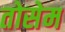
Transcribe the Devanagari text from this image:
तोसेम